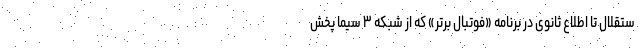
ستقلال تا اطلاع ثانوی در برنامه «فوتبال برتر» که از شبکه ۳ سیما پخش